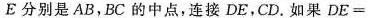
E分别是AB，BC的中点，连接DE，CD。如果$$D E =